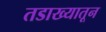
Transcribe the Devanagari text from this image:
तडाख्यातून